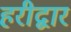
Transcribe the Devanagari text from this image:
हरीद्वार